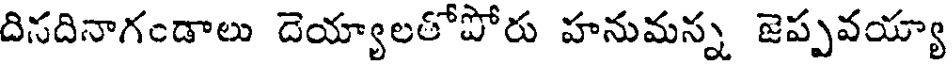
దిసదినాగండాలు దెయ్యాలతోపోరు హనుమన్న జెప్పవయ్యా